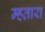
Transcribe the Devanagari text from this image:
म्हतारा